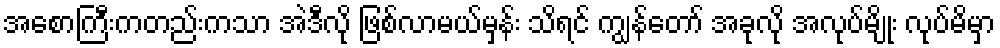
အစောကြီးကတည်းကသာ အဲဒီလို ဖြစ်လာမယ်မှန်း သိရင် ကျွန်တော် အခုလို အလုပ်မျိုး လုပ်မိမှာ